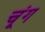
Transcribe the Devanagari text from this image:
चूंग